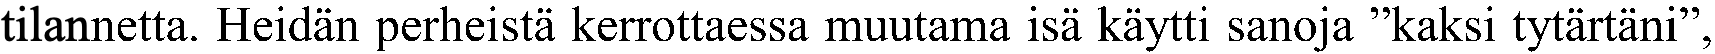
tilannetta. Heidän perheistä kerrottaessa muutama isä käytti sanoja ”kaksi tytärtäni”,